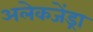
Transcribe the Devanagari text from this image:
अलेकजेंड्रा